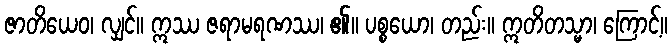
ဇာတိယေဝ၊ လျှင်။ ဣဿ ဇရာမရဏဿ၊ ၏။ ပစ္စယော၊ တည်း။ ဣတိတသ္မာ၊ ကြောင့်။